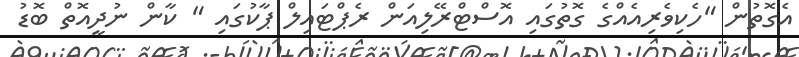
އެގޮތުން "ހެކިވެރިއެއްގެ ގޮތުގައި އޮސްޓްރޭލިއަން ރެޕްޓައިލް ޕާކުގައި " ކާން ނުދީއޮތް ބޮޑު